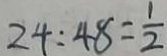
2 4 : 4 8 = \frac { 1 } { 2 }